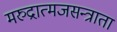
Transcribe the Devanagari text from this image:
मरुद्रात्मजसन्त्राता